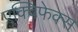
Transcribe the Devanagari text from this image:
एक्विफेक्स